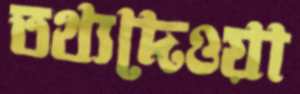
তথ্যদেওয়া